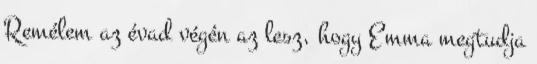
Remélem az évad végén az lesz, hogy Emma megtudja